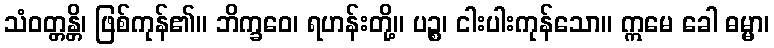
သံဝတ္တန္တိ၊ ဖြစ်ကုန်၏။ ဘိက္ခဝေ၊ ရဟန်းတို့။ ပဉ္စ၊ ငါးပါးကုန်သော။ ဣမေ ခေါ ဓမ္မာ၊